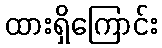
ထားရှိကြောင်း